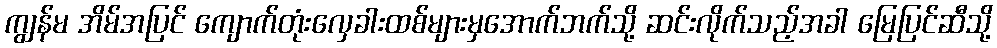
ကျွန်မ အိမ်အပြင် ကျောက်တုံးလှေခါးထစ်များမှအောက်ဘက်သို့ ဆင်းလိုက်သည့်အခါ မြေပြင်ဆီသို့